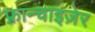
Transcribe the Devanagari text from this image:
फ़्रान्चाइज़ेर